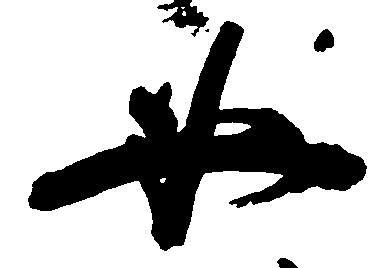
必